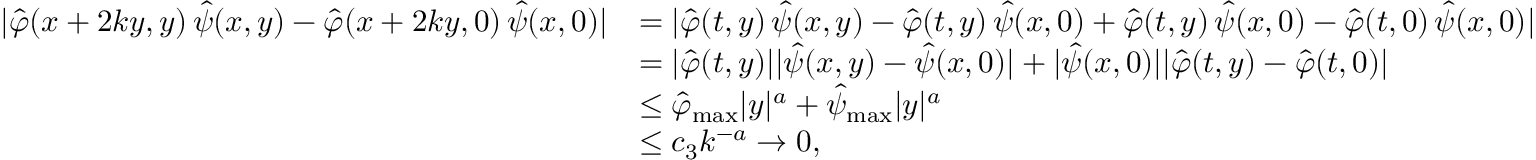
\begin{array} { r l } { | \hat { \varphi } ( x + 2 k y , y ) \, \hat { \psi } ( x , y ) - \hat { \varphi } ( x + 2 k y , 0 ) \, \hat { \psi } ( x , 0 ) | } & { = | \hat { \varphi } ( t , y ) \, \hat { \psi } ( x , y ) - \hat { \varphi } ( t , y ) \, \hat { \psi } ( x , 0 ) + \hat { \varphi } ( t , y ) \, \hat { \psi } ( x , 0 ) - \hat { \varphi } ( t , 0 ) \, \hat { \psi } ( x , 0 ) | } \\ & { = | \hat { \varphi } ( t , y ) | | \hat { \psi } ( x , y ) - \hat { \psi } ( x , 0 ) | + | \hat { \psi } ( x , 0 ) | | \hat { \varphi } ( t , y ) - \hat { \varphi } ( t , 0 ) | } \\ & { \leq \hat { \varphi } _ { \mathrm { m a x } } | y | ^ { a } + \hat { \psi } _ { \mathrm { m a x } } | y | ^ { a } } \\ & { \leq c _ { 3 } k ^ { - a } \to 0 , } \end{array}